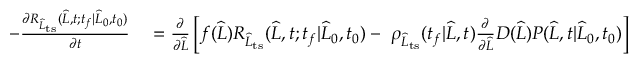
\begin{array} { r l } { - \frac { \partial R _ { \widehat { L } _ { \mathrm { t s } } } ( \widehat { L } , t ; t _ { f } | \widehat { L } _ { 0 } , t _ { 0 } ) } { \partial t } } & { { } = \frac { \partial } { \partial \widehat { L } } \left[ f ( \widehat { L } ) R _ { \widehat { L } _ { \mathrm { t s } } } ( \widehat { L } , t ; t _ { f } | \widehat { L } _ { 0 } , t _ { 0 } ) - \ \rho _ { \widehat { L } _ { \mathrm { t s } } } ( t _ { f } | \widehat { L } , t ) \frac { \partial } { \partial \widehat { L } } D ( \widehat { L } ) P ( \widehat { L } , t | \widehat { L } _ { 0 } , t _ { 0 } ) \right] } \end{array}